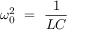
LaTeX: \omega _ { 0 } ^ { 2 } ~ = ~ { \frac { 1 } { L C } } ~ ~ ~ ~ ~ ~ ~ ~ ~ ~ ~ ~ ~ ~ ~ ~ ~ ~ ~ ~ ~ ~ ~ ~ ~ ~ ~ ~